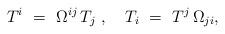
LaTeX: \begin{align*}T^i \ = \ \Omega^{ij}\,T_j~,\quad T_i \ = \ T^j\,\Omega_{ji},\end{align*}